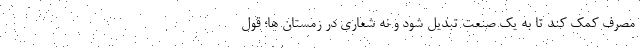
مصرف کمک کند تا به یک صنعت تبدیل شود و نه شعاری در زمستان ها؛ قول